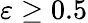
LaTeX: \varepsilon\geq 0.5